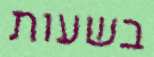
בשעות